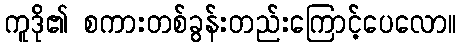
ကူဒို၏ စကားတစ်ခွန်းတည်းကြောင့်ပေလော။